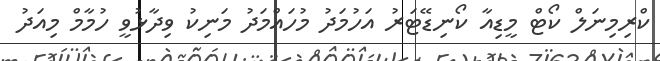
ކްރިމިނަލް ކޯޓް މީޑިއާ ކޯނިޑޭޓަރު އަހުމަދު މުހައްމަދު މަނިކު ވިދާޅުވީ ހުމާމް މިއަދު